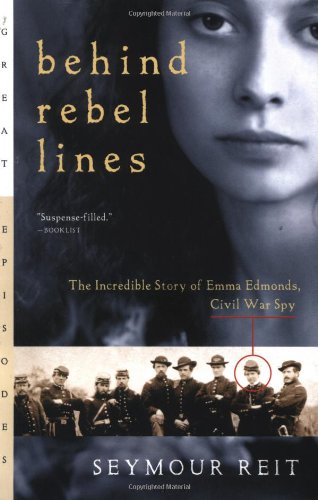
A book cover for Behind Rebel Lines: The Incredible Story of Emma Edmonds, Civil War Spy; Seymour Reit; Teen & Young Adult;